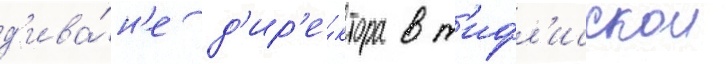
д'ива́н'е д'ир'е́ктора в т'ифл'исскои